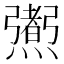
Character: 𤑜